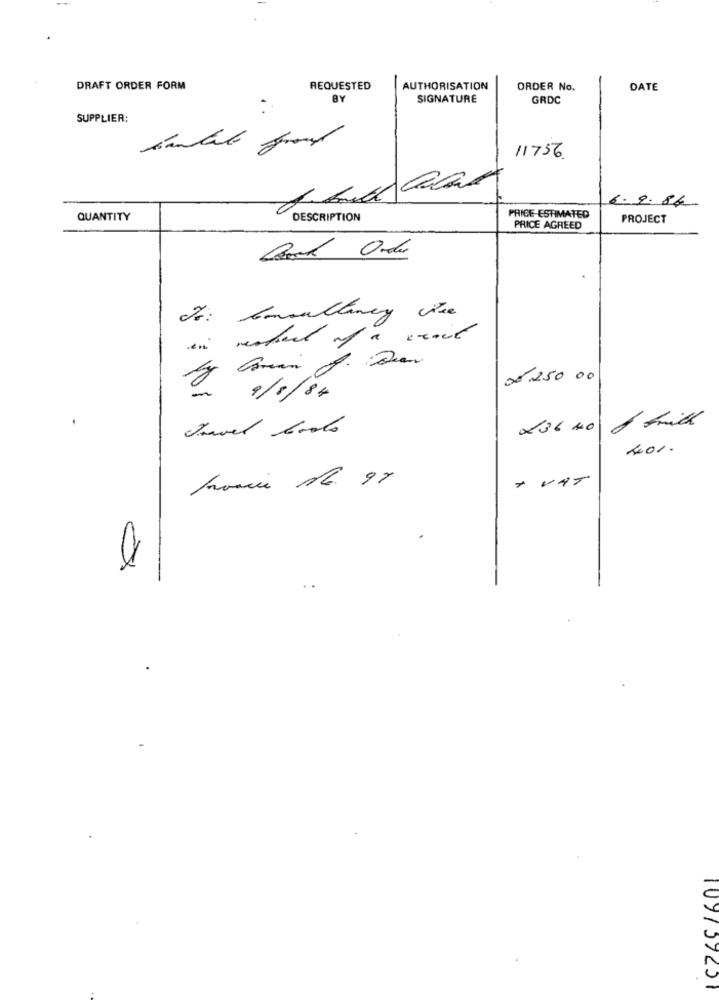
DRAFT ORDER FORM
REQUESTED
AUTHORISATION
ORDER No.
DATE
BY
SIGNATURE
GRDC
SUPPLIER:
11756
6.9.84
QUANTITY
DESCRIPTION
PRICE-ESTIMATED
PROJECT
PRICE AGREED
Back Order
Consultancy we
5.250 00
9/8/84
travel boots
036 40
201.
+ VAT
109199251